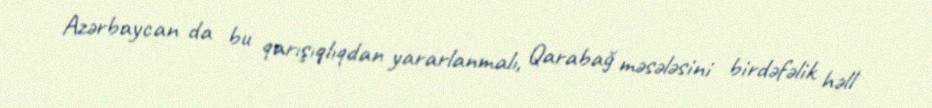
Azərbaycan da bu qarışıqlıqdan yararlanmalı, Qarabağ məsələsini birdəfəlik həll